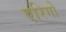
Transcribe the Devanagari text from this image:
एरिगो